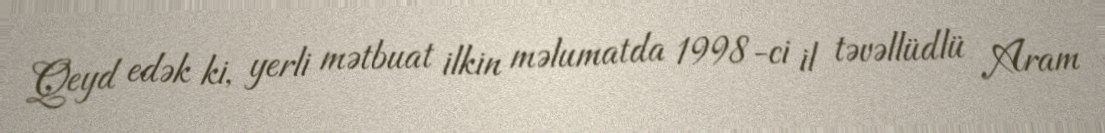
Qeyd edək ki, yerli mətbuat ilkin məlumatda 1998-ci il təvəllüdlü Aram